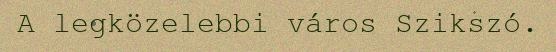
A legközelebbi város Szikszó.